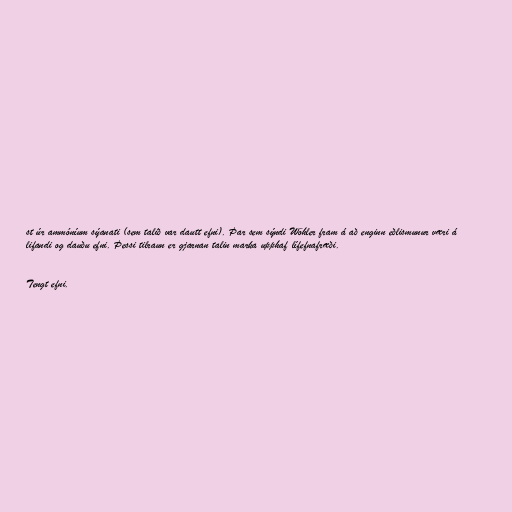
st úr ammóníum sýanati (sem talið var dautt efni). Þar sem sýndi Wöhler fram á að enginn eðlismunur væri á
lifandi og dauðu efni. Þessi tilraun er gjarnan talin marka upphaf lífefnafræði.

Tengt efni.